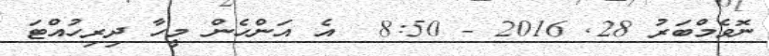
ނޮވެމްބަރު 28